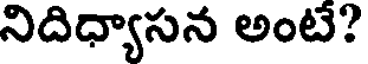
నిదిధ్యాసన అంటే?